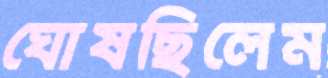
ঘোষছিলেম